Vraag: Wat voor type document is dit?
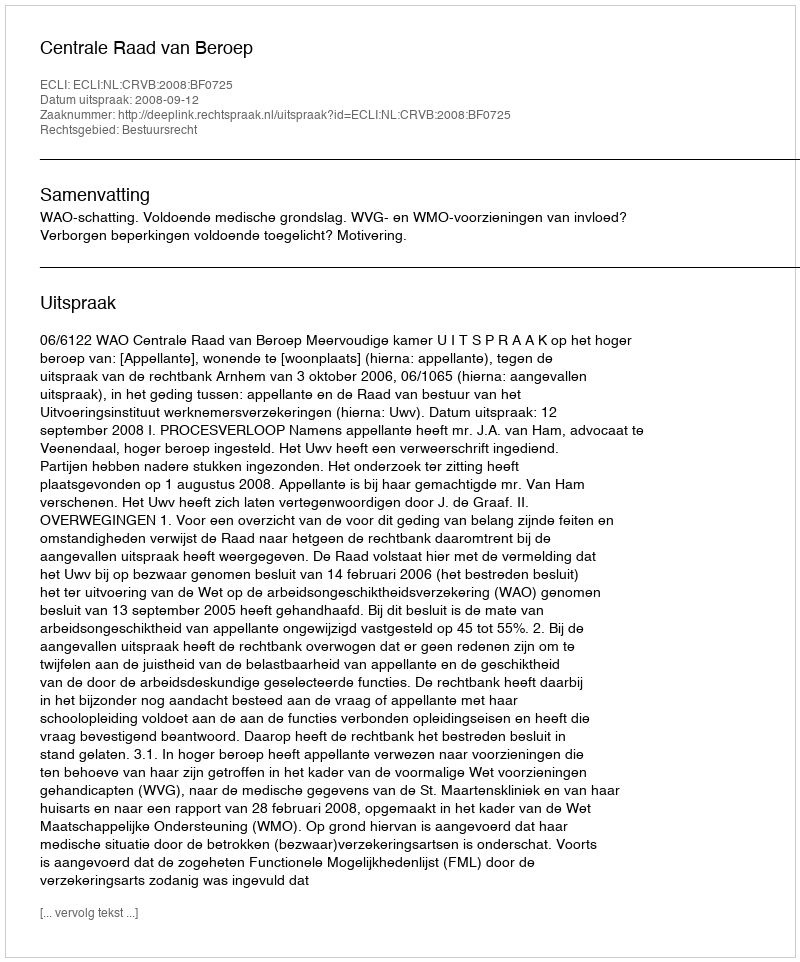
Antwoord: Uitspraak